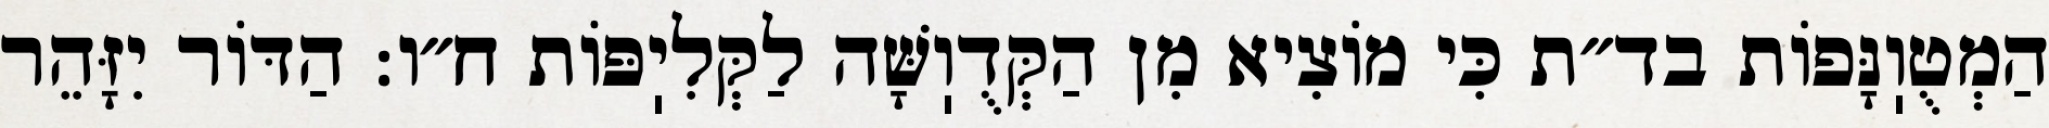
הַמְטֻוֽנָּפוֹת בד״ת כִּי מוֹצִיא מִן הַקְּדֻוֽשָּׁה לַקְּלִיֽפּוֹת ח״ו: הַדּוֹר יִזָּהֵר